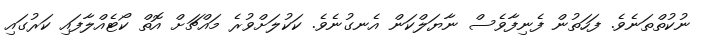
ނުކުތްތަނެވެ. ފަހަތުން ފެނިފާވެސް ނާޔަލްކަން އެނގުނެވެ. ކަކުލަށްވުރެ މައްޗަށް އޮތް ކޯޓެއްލާފައި ކަރުގައި